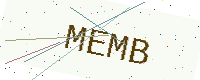
Text: MEMB